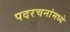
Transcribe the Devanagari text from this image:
पदरचनांमध्ये